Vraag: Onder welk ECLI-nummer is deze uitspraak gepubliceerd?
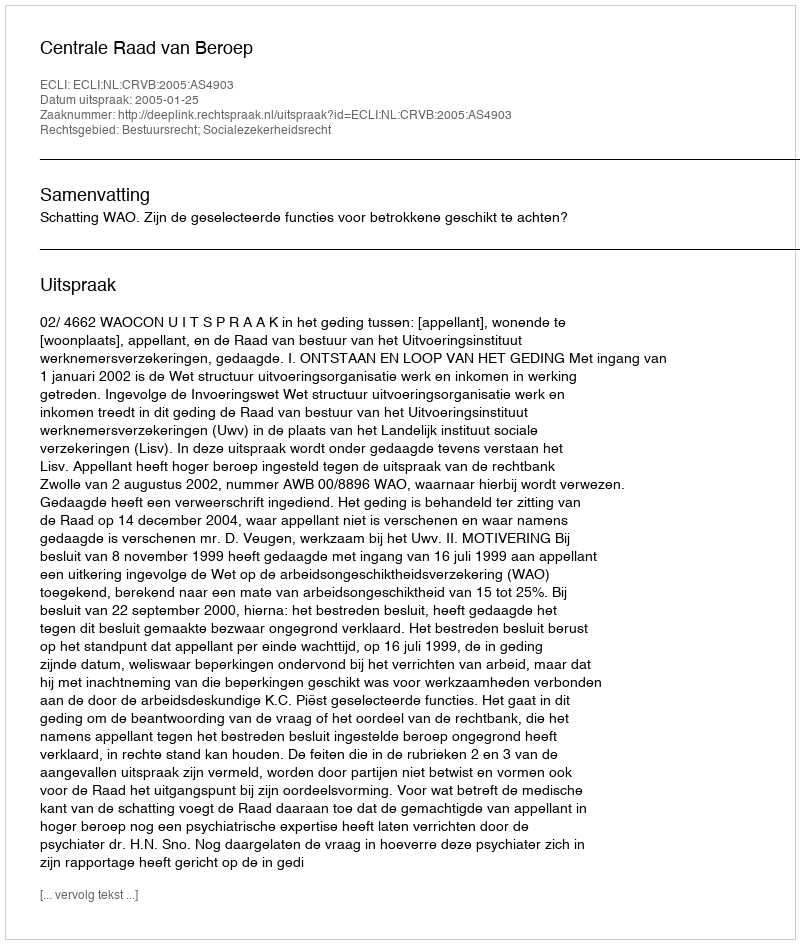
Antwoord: ECLI:NL:CRVB:2005:AS4903